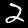
Label: 2